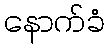
နောက်ခံ